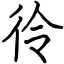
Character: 彾